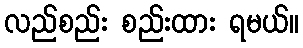
လည်စည်း စည်းထား ရမယ်။